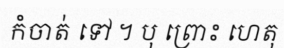
កំចាត់ ទៅ ។ បុ ព្រោះ ហេតុ